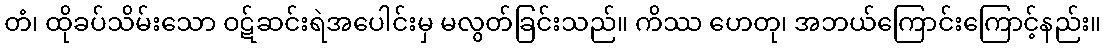
တံ၊ ထိုခပ်သိမ်းသော ဝဋ်ဆင်းရဲအပေါင်းမှ မလွတ်ခြင်းသည်။ ကိဿ ဟေတု၊ အဘယ်ကြောင်းကြောင့်နည်း။